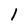
Character: I